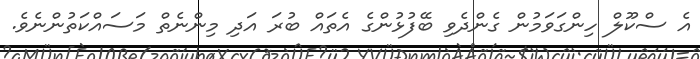
އެ ސްކޫލް ހިންގަވަމުން ގެންދެވި ބޭފުޅުންގެ އެތައް ބުރަ އަދި މިންނެތް މަސައްކަތުންނެވެ.